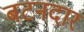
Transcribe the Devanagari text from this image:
बटनदार